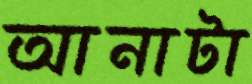
আনাটা